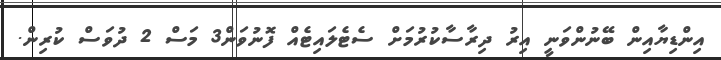
އިންޑިޔާއިން ބޭނުންވަނީ އިރު ދިރާސާކުރުމަށް ސެޓެލައިޓެއް ފޮނުވަން3 މަސް 2 ދުވަސް ކުރިން.